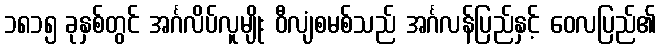
၁၈၁၅ ခုနှစ်တွင် အင်္ဂလိပ်လူမျိုး ဝီလျံစမစ်သည် အင်္ဂလန်ပြည်နှင့် ဝေလပြည်၏